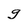
Character: g